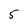
Character: 5